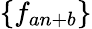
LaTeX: \{ f_{an+b}\}